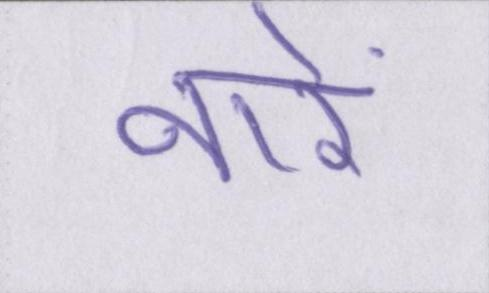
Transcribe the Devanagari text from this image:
नारे